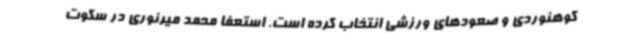
کوهنوردی و صعودهای ورزشی انتخاب کرده است. استعفا محمد میرنوری در سکوت